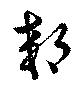
郊